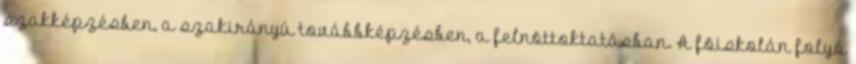
szakképzésben, a szakirányú továbbképzésben, a felnõttoktatásban. A fõiskolán folyó